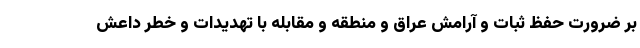
بر ضرورت حفظ ثبات و آرامش عراق و منطقه و مقابله با تهدیدات و خطر داعش